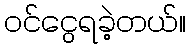
ဝင်ငွေရခဲ့တယ်။